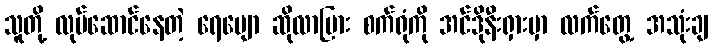
သူတို့ လုပ်ဆောင်နေတဲ့ ရေမျော ဆိုလာပြား စက်ရုံကို အင်ဒိုနီးရှားမှာ လက်တွေ့ အသုံးချ